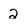
Character: 2